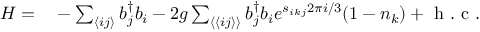
\begin{array} { r l } { H = } & { { } - \sum _ { \langle i j \rangle } b _ { j } ^ { \dagger } b _ { i } - 2 g \sum _ { \langle \langle i j \rangle \rangle } b _ { j } ^ { \dagger } b _ { i } e ^ { s _ { i k j } 2 \pi i / 3 } ( 1 - n _ { k } ) + \mathrm { ~ h ~ . ~ c ~ . ~ } } \end{array}